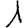
Digit: 1